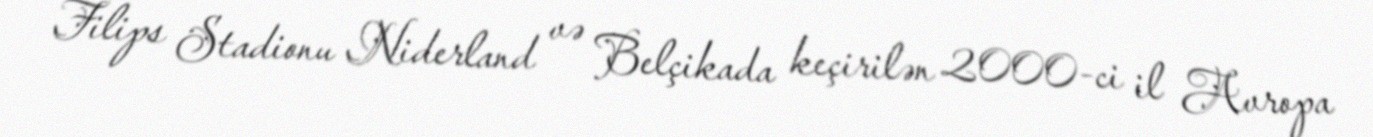
Filips Stadionu Niderland və Belçikada keçirilən 2000-ci il Avropa